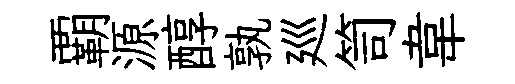
覇源醇孰廵笥韋